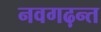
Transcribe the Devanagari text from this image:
नवगढ़न्त